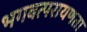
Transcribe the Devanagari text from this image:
भगवत्परायणता